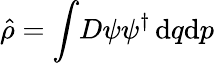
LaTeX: \hat{\rho}=\int\! D\psi\psi^{\dagger}\, \mathrm{d}q\mathrm{d}p